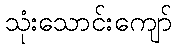
သုံးသောင်းကျော်